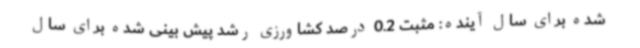
شده برای سال آینده: مثبت 0.2 درصد کشاورزی رشد پیش بینی شده برای سال